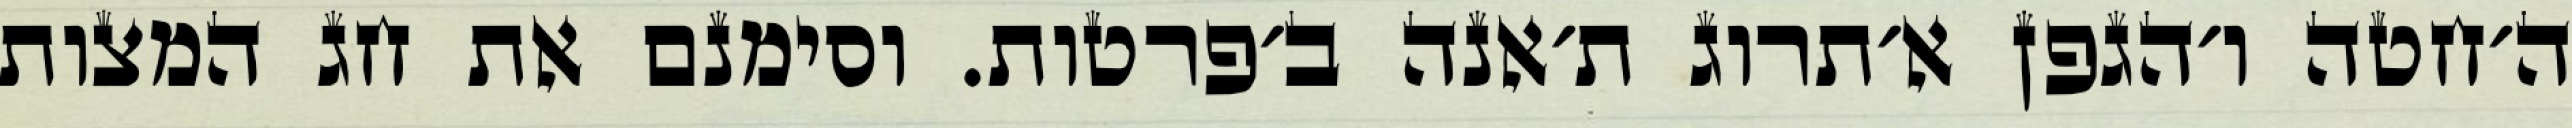
ה׳חטה ו׳הגפן א׳תרוג ת׳אנה ב׳פרטות. וסימנם את חג המצות